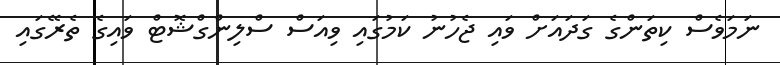
ނަމަވެސް ކިތަންގެ ގަދައަށް ވައި ޖެހުނު ކަމުގައި ވިއަސް ސްލިންގްޝޮޓް ވައިގެ ތެރޭގައި